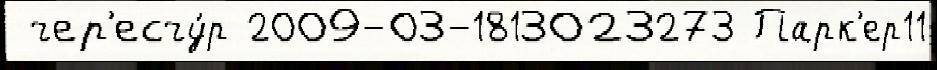
 чер'есчу́р 2009-03-1813023273 Парк'ер11